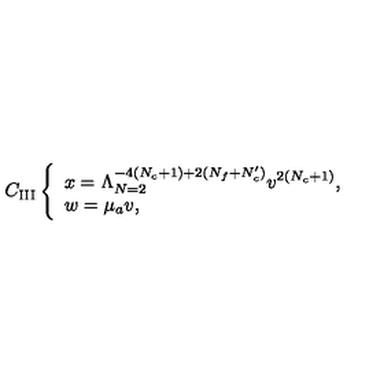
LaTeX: C _ { \mathrm { I I I } } \left\{ \begin{array} { l } { x = \Lambda _ { N = 2 } ^ { - 4 ( N _ { c } + 1 ) + 2 ( N _ { f } + N _ { c } ^ { \prime } ) } v ^ { 2 ( N _ { c } + 1 ) } , } \\ { w = \mu _ { a } v , } \\ \end{array} \right.